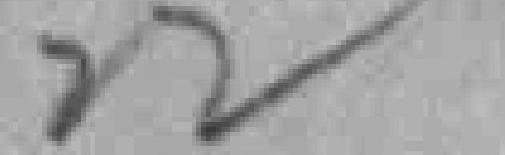
7